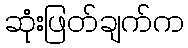
ဆုံးဖြတ်ချက်က